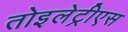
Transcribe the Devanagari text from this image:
तोइलेट्रीएस